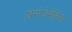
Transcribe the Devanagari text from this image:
ज़ेनोजेनेसिस